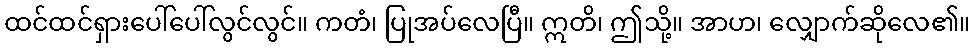
ထင်ထင်ရှားပေါ်ပေါ်လွင်လွင်။ ကတံ၊ ပြုအပ်လေပြီ။ ဣတိ၊ ဤသို့။ အာဟ၊ လျှောက်ဆိုလေ၏။